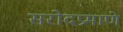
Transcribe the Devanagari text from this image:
सरोदप्रमाणे